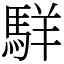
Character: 𩣆